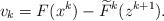
LaTeX: \begin{align*}v_k = F(x^k) - \widetilde{F}^k(z^{k+1}).\end{align*}